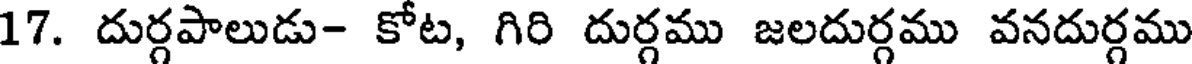
17. దుర్గపాలుడు- కోట, గిరి దుర్గము జలదుర్గము వనదుర్గము